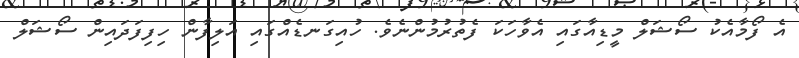
އެ ފޯމާއެކު ސޯޝަލް މީޑިއާގައި އެވާހަކަ ފެތުރުމުންނެވެ. ހުއިގަނޑެއްގައި އަލިފާން ހިފިފަދައިން ސޯޝަލް